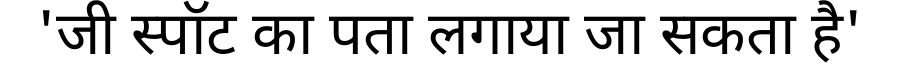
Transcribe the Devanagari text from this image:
'जी स्पॉट का पता लगाया जा सकता है'